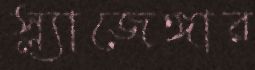
স্ল্যাজেঙ্গার